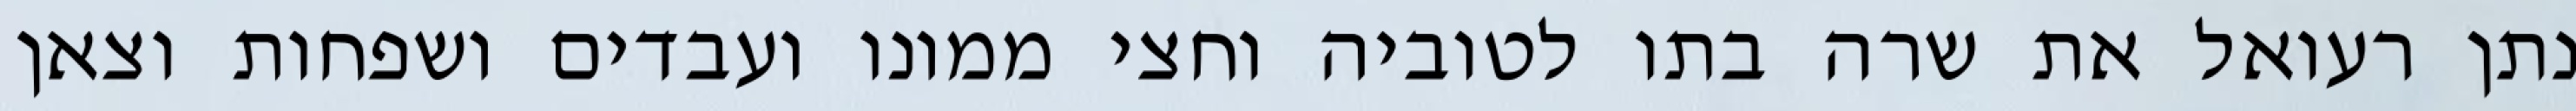
נתן רעואל את שרה בתו לטוביה וחצי ממונו ועבדים ושפחות וצאן